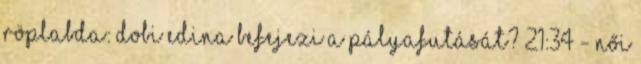
Röplabda: Dobi Edina befejezi a pályafutását? 21:34 - Női